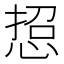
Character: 𢜌